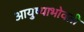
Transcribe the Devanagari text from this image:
आयुष्याभोवती